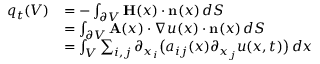
{ \begin{array} { r l } { q _ { t } ( V ) } & { = - \int _ { \partial V } \mathbf { H } ( x ) \cdot \mathbf { n } ( x ) \, d S } \\ & { = \int _ { \partial V } \mathbf { A } ( x ) \cdot \nabla u ( x ) \cdot \mathbf { n } ( x ) \, d S } \\ & { = \int _ { V } \sum _ { i , j } \partial _ { x _ { i } } { \bigl ( } a _ { i j } ( x ) \partial _ { x _ { j } } u ( x , t ) { \bigr ) } \, d x } \end{array} }